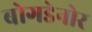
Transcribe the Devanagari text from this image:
बोगडेनोर